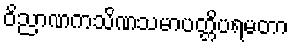
ဝိညာဏကသိဏသမာပတ္တိပရမတာ